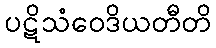
ပဋိသံဝေဒိယတီတိ